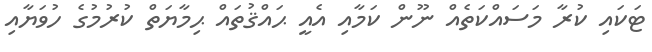
ޓަކައި ކުރާ މަސައްކަތެއް ނޫން ކަމާއި އެއީ ޙައްޤުތައް ޙިމާޔަތް ކުރުމުގެ ހުވަޔާއި